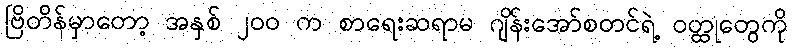
ဗြိတိန်မှာတော့ အနှစ် ၂၀၀ က စာရေးဆရာမ ဂျိန်းအော်စတင်ရဲ့ ဝတ္ထုတွေကို